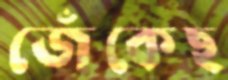
জেঁকেছ